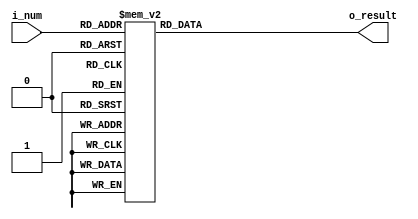
`timescale 1ns / 1ps

module dual_priority_decode (
        input wire [3:0] i_num,
        output reg [11:0] o_result
    );

    always @*
        case (i_num)
            4'b0000: o_result = 12'b000000000000;
            4'b0001: o_result = 12'b000000000001;
            4'b0010: o_result = 12'b000000000010;
            4'b0011: o_result = 12'b000000000100;
            4'b0100: o_result = 12'b000000001000;
            4'b0101: o_result = 12'b000000010000;
            4'b0110: o_result = 12'b000000100000;
            4'b0111: o_result = 12'b000001000000;
            4'b1000: o_result = 12'b000010000000;
            4'b1001: o_result = 12'b000100000000;
            4'b1010: o_result = 12'b001000000000;
            4'b1011: o_result = 12'b010000000000;
            4'b1100: o_result = 12'b100000000000;
            default: o_result = 12'b000000000000;
        endcase
endmodule